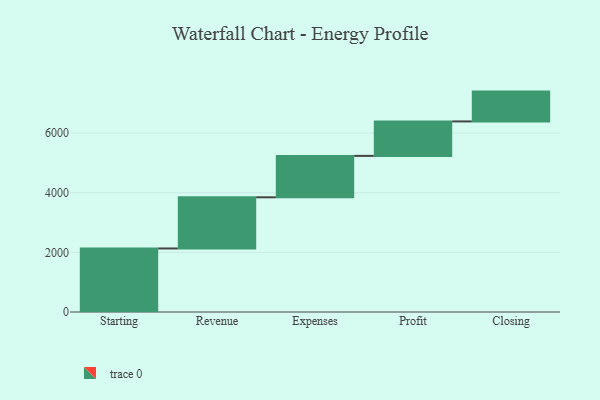
{"axis": {"x": "Step", "y": "Value"}, "legend": [""], "data": [{"x": "Starting", "y": 2131.0, "type": ""}, {"x": "Revenue", "y": 1716.0, "type": ""}, {"x": "Expenses", "y": 1389.0, "type": ""}, {"x": "Profit", "y": 1156.0, "type": ""}, {"x": "Closing", "y": 1000, "type": ""}]}